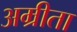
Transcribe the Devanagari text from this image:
अम्रीता